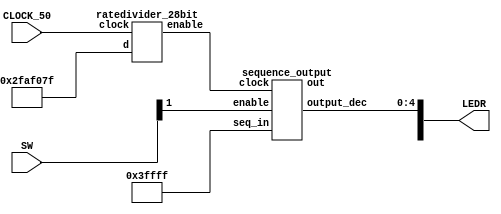


module test_sequenceout(CLOCK_50, SW, LEDR);
    input CLOCK_50;
    input [2:0] SW;
    output[17:0] LEDR;
    
    wire rate_out;
    sequence_output seq(
        .seq_in(18'b111111111111111111),
        .enable(SW[1]),
        .clock(rate_out),
        .out(LEDR[17]),
        .output_dec(LEDR[4:0])
    );
    ratedivider_28bit div(
        .clock(CLOCK_50),
        .d(28'b0010111110101111000001111111),
        .enable(rate_out)
    );
endmodule 

module sequence_output(seq_in, enable, clock, out, output_dec);
    input [17:0] seq_in;
    input enable;
    input clock;
    output reg out;
    output reg [4:0] output_dec;
    reg [17:0] seq;
    reg [4:0] count;
	 reg clear;
    always @(posedge clock) begin
        if (!enable) begin
            out <= 1'b0;
            output_dec <= 5'b00000;
            seq <= seq_in;
            count <= 5'b0;
            clear <= 1'b0;
            end
        else begin
            if (clear) begin
                out <= 1'b1;
                output_dec <= 5'b11111;
                clear <= 1'b0;
                end
            else if (count < 17) begin
                out <= seq[0];
                output_dec <= count;
                seq <= seq >> 1; //right shift to get new sequence[0]
                count <= count + 1'b1;
                clear <= 1'b1;
                end
            end
        end
endmodule

module ratedivider_28bit(clock, d, enable);
    input [27:0] d;
    input clock;
    output reg enable;
    reg [27:0] q;
    always @(posedge clock)
    begin
        if (q == 0)
            q <= d;
        else
            q <= q - 28'b0000000000000000000000000001;
        enable <= (q == 0) ? 1 : 0;
    end
endmodule